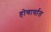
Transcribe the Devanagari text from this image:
होणार्यात